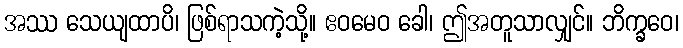
အဿ သေယျထာပိ၊ ဖြစ်ရာသကဲ့သို့။ ဧဝမေဝ ခေါ၊ ဤအတူသာလျှင်။ ဘိက္ခဝေ၊